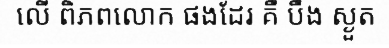
លើ ពិភពលោក ផងដែរ គឺ បឹង ស្ងួត